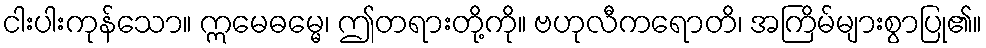
ငါးပါးကုန်သော။ ဣမေဓမ္မေ၊ ဤတရားတို့ကို။ ဗဟုလီကရောတိ၊ အကြိမ်များစွာပြု၏။